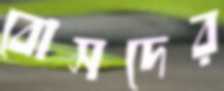
বোসদের